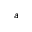
a